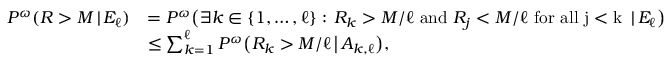
\begin{array} { r l } { P ^ { \omega } ( R > M \, | \, E _ { \ell } ) } & { = P ^ { \omega } \big ( \exists k \in \{ 1 , \dots , \ell \} : \, R _ { k } > M / \ell \mathrm { ~ a n d ~ } R _ { j } < M / \ell \mathrm { ~ f o r ~ a l l ~ j < k ~ } \, | \, E _ { \ell } \big ) } \\ & { \leq \sum _ { k = 1 } ^ { \ell } P ^ { \omega } \big ( R _ { k } > M / \ell \, \big | \, A _ { k , \ell } \big ) , } \end{array}